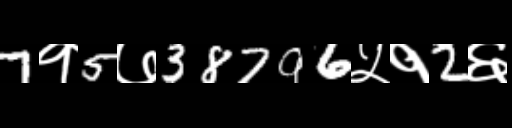
Text: 7१5७38796५१2६